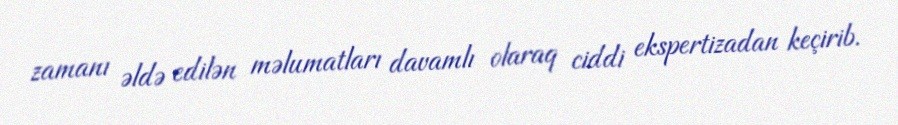
zamanı əldə edilən məlumatları davamlı olaraq ciddi ekspertizadan keçirib.